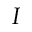
I